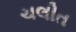
ચલીત